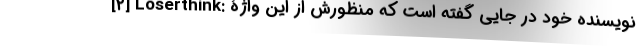
[۲] Loserthink: نویسنده خود در جایی گفته است که منظورش از این واژۀ